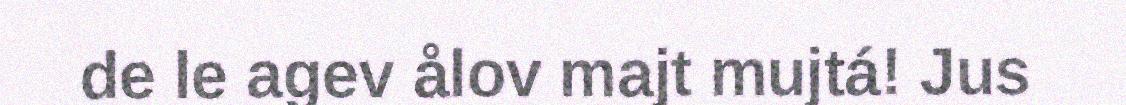
de le agev ålov majt mujtá! Jus